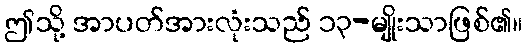
ဤသို့ အာပတ်အားလုံးသည် ၁၃-မျိုးသာဖြစ်၏။